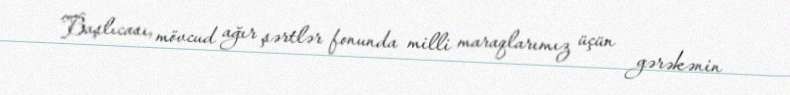
Başlıcası, mövcud ağır şərtlər fonunda milli maraqlarımız üçün gərəkənin